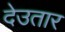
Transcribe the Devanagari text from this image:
देउतार